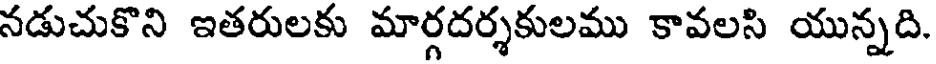
నడుచుకొని ఇతరులకు మార్గదర్శకులము కావలసి యున్నది.